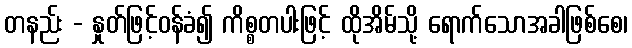
တနည်း - နှုတ်ဖြင့်ဝန်ခံ၍ ကိစ္စတပါးဖြင့် ထိုအိမ်သို့ ရောက်သောအခါဖြစ်စေ၊